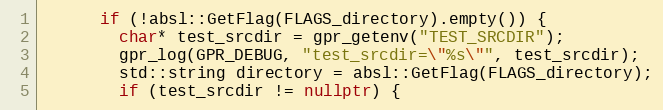
Language: C++
      if (!absl::GetFlag(FLAGS_directory).empty()) {
        char* test_srcdir = gpr_getenv("TEST_SRCDIR");
        gpr_log(GPR_DEBUG, "test_srcdir=\"%s\"", test_srcdir);
        std::string directory = absl::GetFlag(FLAGS_directory);
        if (test_srcdir != nullptr) {